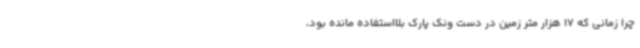
چرا زمانی که 17 هزار متر زمین در دست ونک پارک بلااستفاده مانده بود،